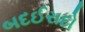
બદઈરાદો